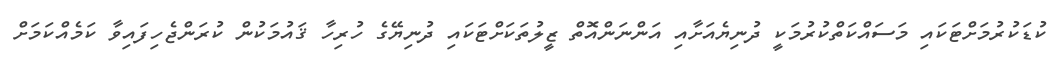
ކުޑަކުރުމަށްޓަކައި މަސައްކަތްކުރުމަކީ ދުނިޔެއަށާއި އަންނަންއޮތް ޒީލުތަކަށްޓަކައި ދުނިޔޭގެ ހުރިހާ ޤައުމަކުން ކުރަންޖެހިފައިވާ ކަމެއްކަމަށް